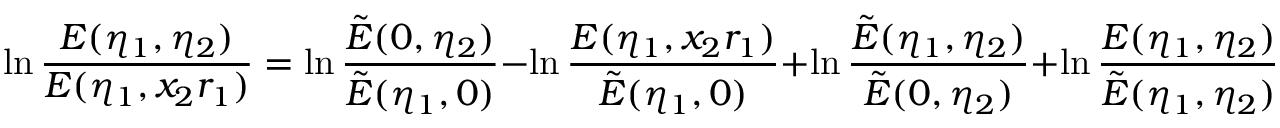
\ln \frac { E ( \eta _ { 1 } , \eta _ { 2 } ) } { E ( \eta _ { 1 } , x _ { 2 } r _ { 1 } ) } = \ln \frac { \tilde { E } ( 0 , \eta _ { 2 } ) } { \tilde { E } ( \eta _ { 1 } , 0 ) } - \ln \frac { E ( \eta _ { 1 } , x _ { 2 } r _ { 1 } ) } { \tilde { E } ( \eta _ { 1 } , 0 ) } + \ln \frac { \tilde { E } ( \eta _ { 1 } , \eta _ { 2 } ) } { \tilde { E } ( 0 , \eta _ { 2 } ) } + \ln \frac { E ( \eta _ { 1 } , \eta _ { 2 } ) } { \tilde { E } ( \eta _ { 1 } , \eta _ { 2 } ) } \; .